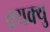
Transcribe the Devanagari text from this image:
क्यक्यु